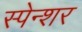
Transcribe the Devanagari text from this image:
स्पेन्शर